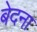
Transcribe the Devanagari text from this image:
बेदना